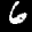
Label: 6